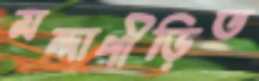
মন্দাপীড়িত